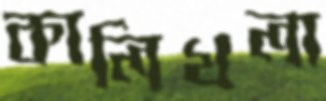
কালিখলা